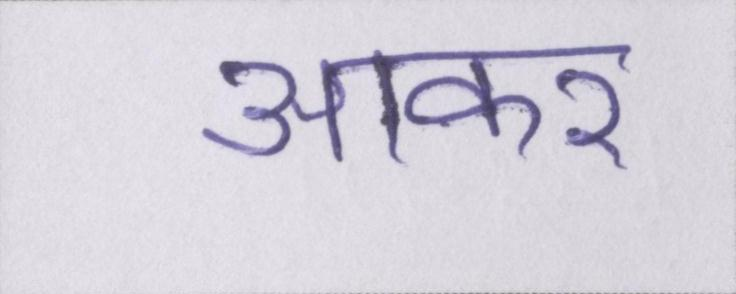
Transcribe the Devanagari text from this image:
आकर